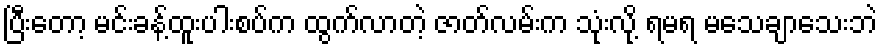
ပြီးတော့ မင်းခန့်ထူးပါးစပ်က ထွက်လာတဲ့ ဇာတ်လမ်းက သုံးလို့ ရမရ မသေချာသေးဘဲ